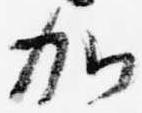
加